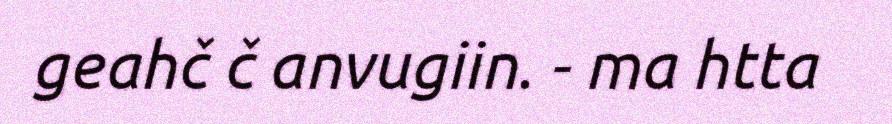
geahč č anvugiin. - ma htta